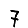
Digit: 7